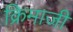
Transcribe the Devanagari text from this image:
क्रिमाजी